Source: Handwritten
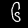
Digit: ၆ (6)